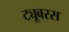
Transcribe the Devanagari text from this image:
ट्यूबरस